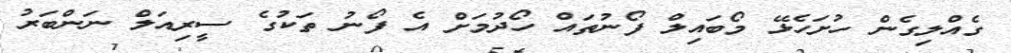
ގެއްލިގެން ހުށަހެޅޭ މޯބައިލް ފޯނުތައް ހޯދުމަށް އެ ފޯނު ތަކުގެ ސީރިއަލް ނަންބަރު